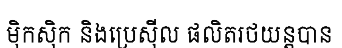
ម៉ិកស៊ិក និងប្រេស៊ីល ផលិតរថយន្តបាន